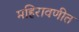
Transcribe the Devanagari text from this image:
महिरावणीत